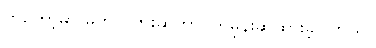
တူတော့မှာ မဟုတ်ဘူးဆိုတာ ကြိုမှန်းဆထားခဲ့ပါတယ်။